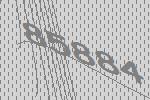
85884